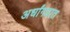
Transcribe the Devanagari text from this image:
अर्धांगघात